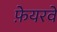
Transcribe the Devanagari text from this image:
फ़ेयरवे